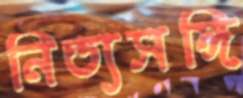
নিত্যসঙ্গি